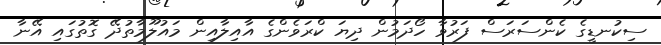
ސިކުނޑީގެ ކެންސަރަސް ފަރުވާ ހޯދަމުން ދިޔަ ކްރަވެންގެ އާއިލާއިން މައުލޫމާތުދޭ ގޮތުގައި އޭނާ